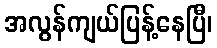
အလွန်ကျယ်ပြန့်နေပြီ၊